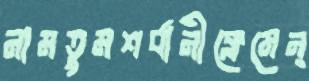
নামতুমশর্বানীক্লেমেন্